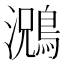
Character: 𮭃